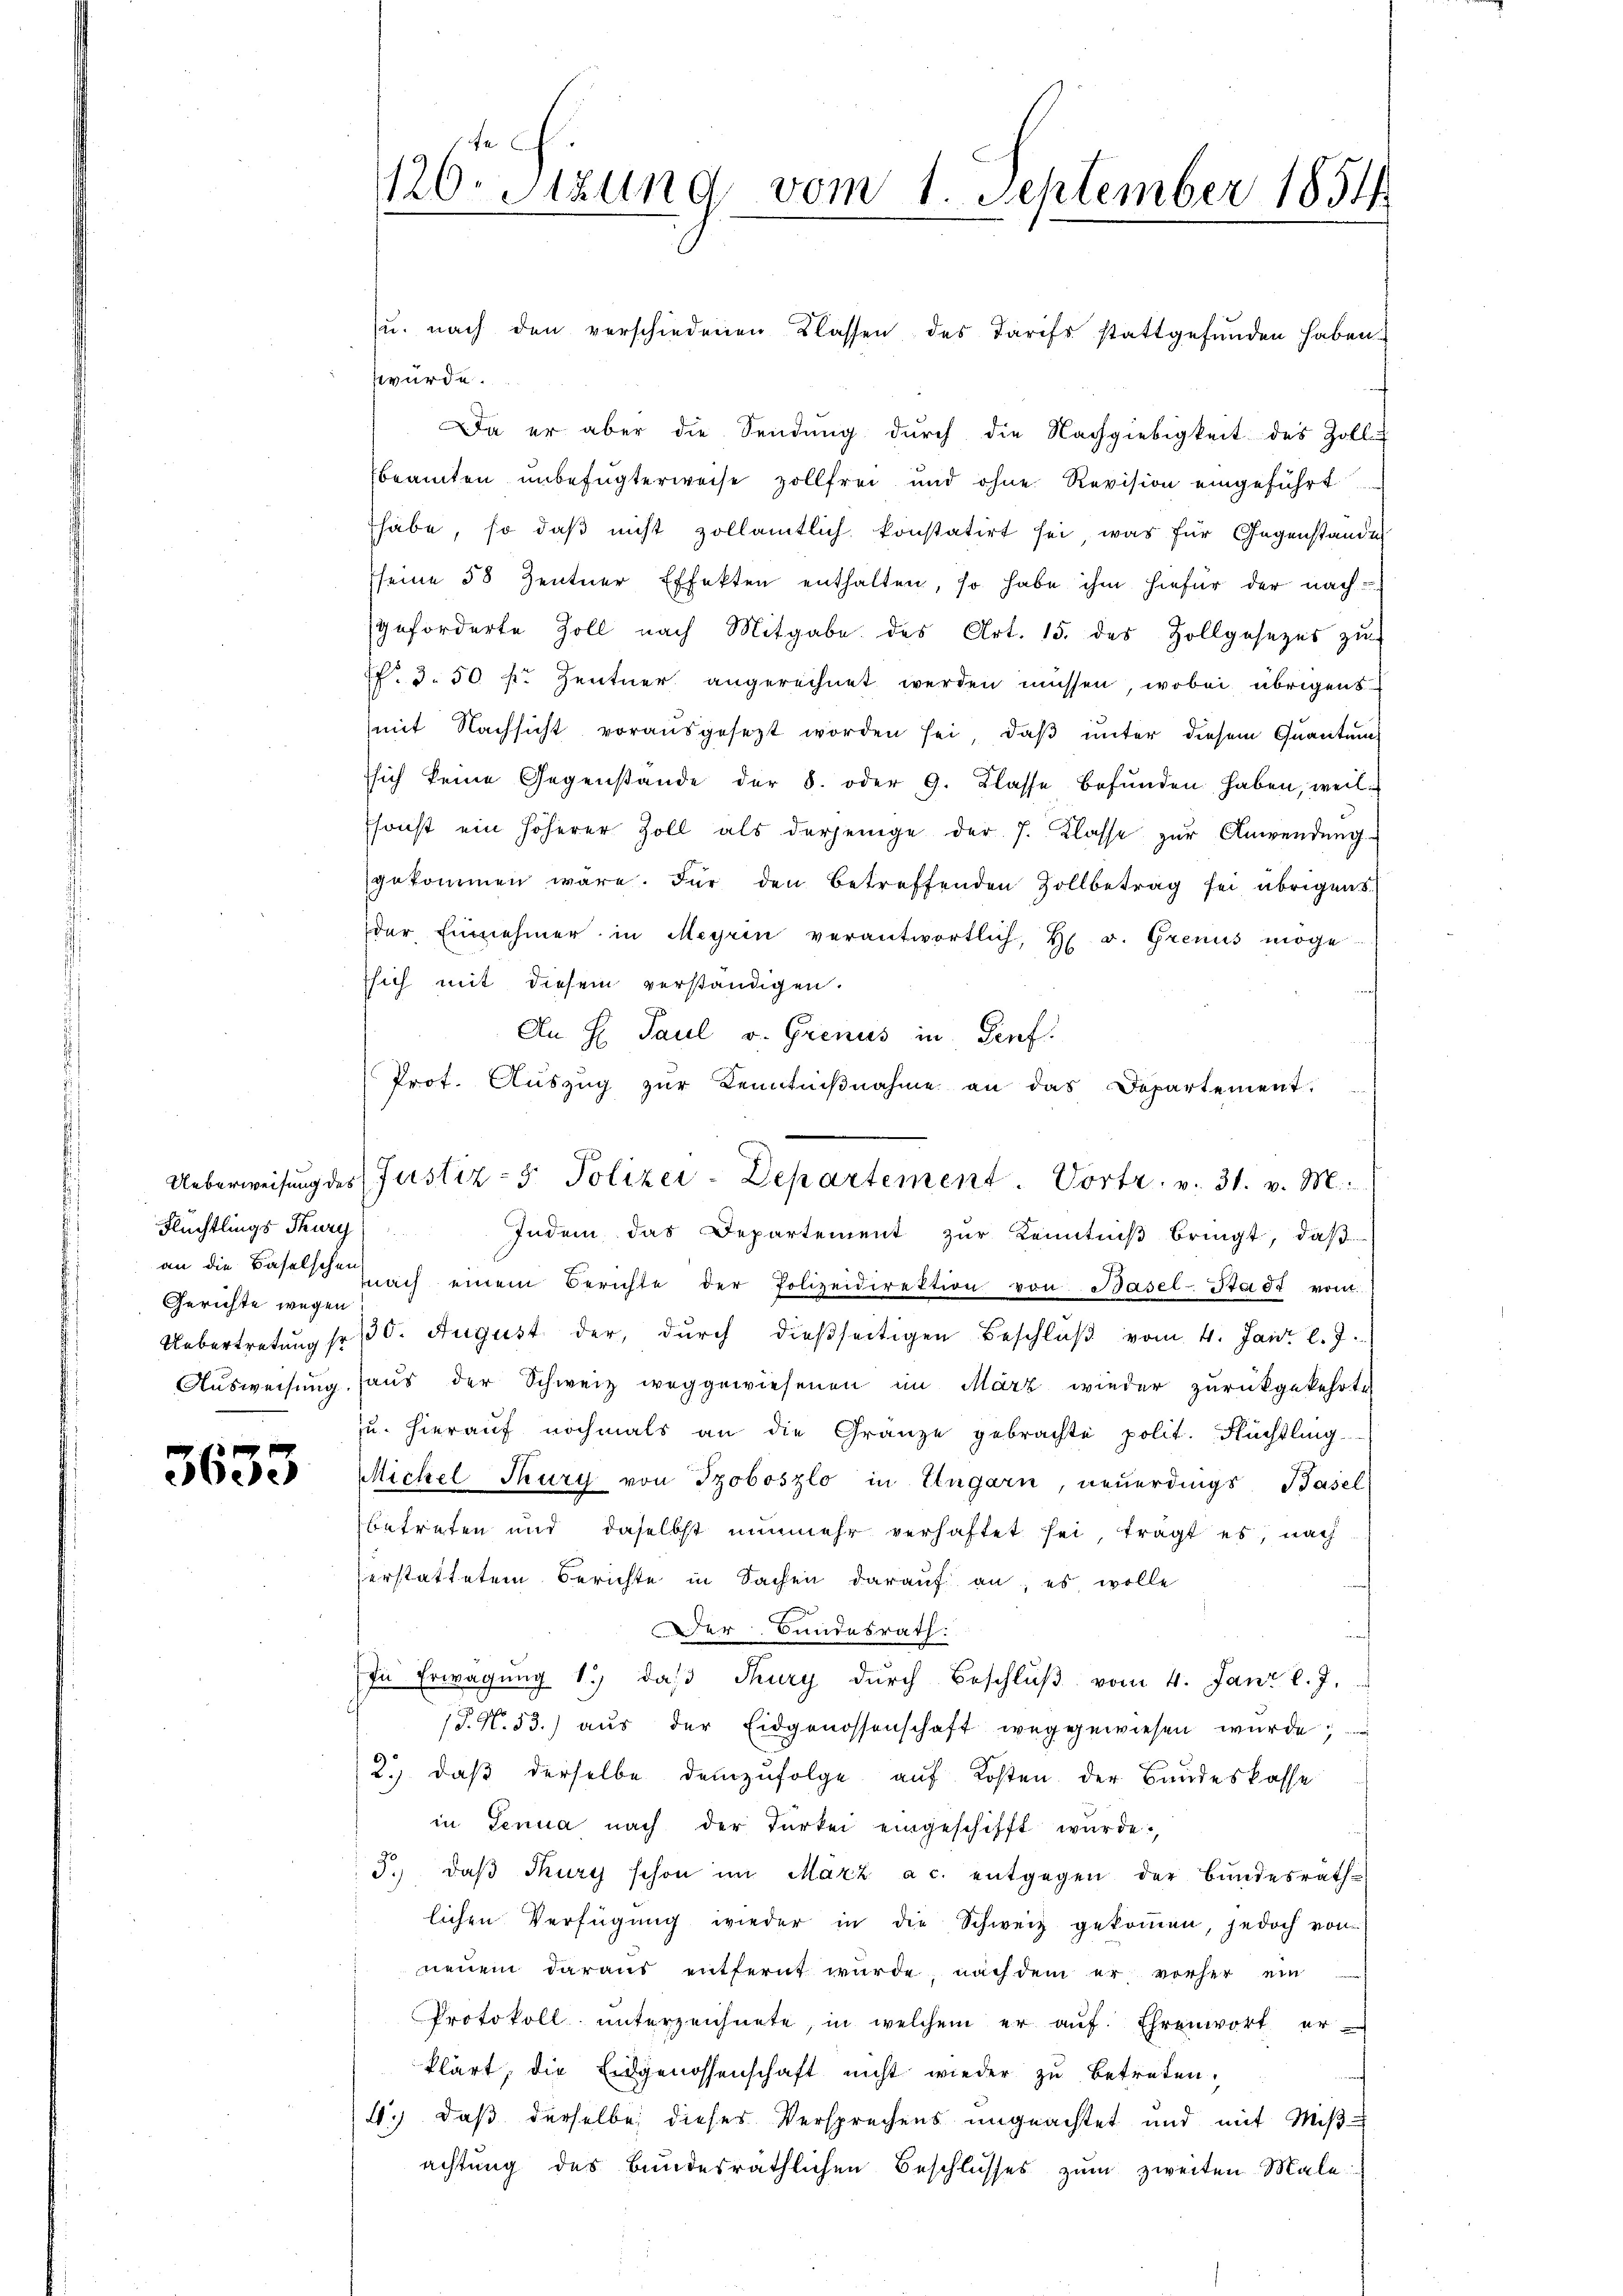
Flüchtlings Thurg
Gerichte wegen

3633

126. Sitzung vom 1. September 1854

würde.
Da er aber die Sendung durch die Nachgiebigkeit des Zoll-
beamten unbefugterweise zollfrei und ohne Revision eingeführt
habe, so daß nicht zollamtlich konstatirt sei, was für Gegenstande
sseine 58 Zentner Effekten enthalten, so habe ihm hiefür der nachgeforderte Zoll nach Mitgabe des Art. 15. des Zollgesezes zŭ
f. 3. 50 fr. Zentner angerechnet werden müssen, wobei übrigens
mit Nachsicht vorausgesezt worden sei, daβ ŭnter diesem Quantung
ssich keine Gegenstande der 8. oder 9. Klasse befŭnden haben, weil
Esonst ein höherer Zoll als derjenige der J. Klasse zur Anwendung
gekommen wäre. Für den betreffenden Zollbetrag sei übrigens
der Einnehmer in Meyrin verantwortlich, H v. Grenus möge
ssich mit diesem verständigen.
An H. Paul v. Grenus in Genf.
Prof. Aŭszŭg zŭr Kenntniβnahme an das Departement.
Indem das Departement zur Kenntniß bringt, daß
an die Baselsche nach einem Berichte der Polizeidirektion von Basel-Stadt vom
Uebertretung so 30. August der, durch dießseitigen Beschluß vom 4. Janr. l. J.
Ausweisung haŭs der Schweiz weggewiesenen im März wieder zurückgekehrte
u. hieraŭf nochmals an die Gränze gebrachte polit. Flüchtling
Michel Thury von Troboszlo in Ungarn, neuerdings Basel
betreten und daselbst nunmehr verhaftet sei, trägt es, nach
serstattetem Berichte in Sachen darauf an, es wolle
Der Bundesrath:
In Erwägung 1.) daß Thury durch Beschluß vom 4. Jani l. J.
T. N. 53.) aus der Eidgenossenschaft weggewiesen wurde;
2.) daß derselbe demzufolge auf Kosten der Bandeskasse
in Genua nach der Türkei eingeschifft würde.
5. daβ Kurz schon im März a. c. entgegen der Bundesrath
lichen Verfügung wieder in die Schweiz gekommen, jedoch von
neuem daraus entfernt wurde, nach dem er vorher ein
Protokoll unterzeichnete, in welchem er auf. Ehrenwort erklärt, die Eidgenossenschaft nicht wieder zu betreten,
4), daß derselbe dieses Versprechens ungeachtet und mit Mißachtung des Bundesräthlichen Beschlusses zum zweiten Male

u. nach den verschiedenen Klassen des Tarifs stattgefunden haben.

Ueberweisŭng des Justiz- & Polizei-Departement. Vortr. v. 31. v. M.